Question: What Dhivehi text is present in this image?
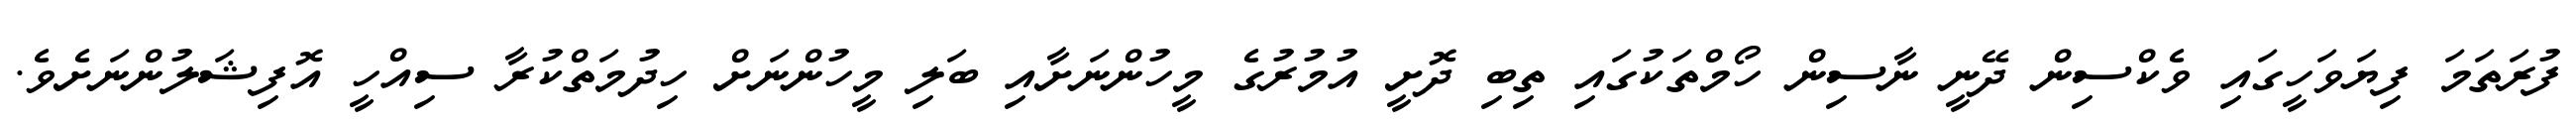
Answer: ފުރަތަމަ ފިޔަވަހީގައި ވެކްސިން ދޭނީ ނާސިން ހޯމްތަކުގައި ތިބި ދޮށީ އުމުރުގެ މީހުންނަށާއި ބަލި މީހުންނަށް ހިދުމަތްކުރާ ސިއްހީ އޮފިޝަލުންނަށެވެ.